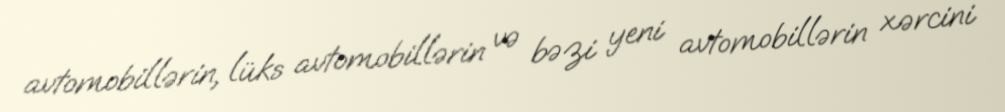
avtomobillərin, lüks avtomobillərin və bəzi yeni avtomobillərin xərcini